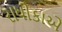
રાધીકાએ